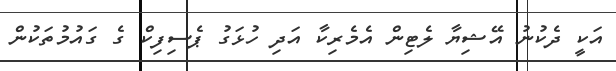
އަކީ ދެކުނު އޭޝިޔާ ލެޓިން އެމެރިކާ އަދި ހުޅަގު ޕެސިފިކް ގެ ގައުމުތަކުން